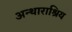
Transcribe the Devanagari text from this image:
अन्थाराश्रिय